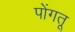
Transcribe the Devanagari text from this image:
पोंगतू